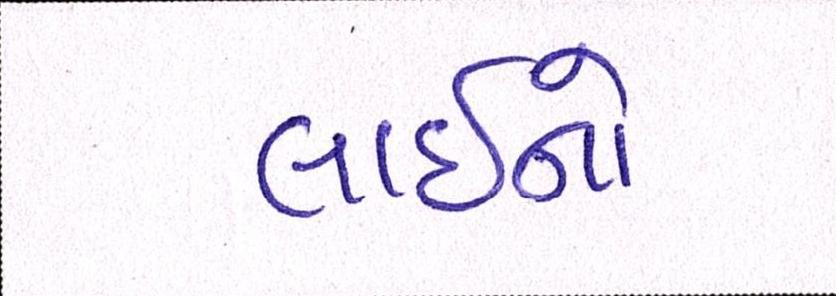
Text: લાઇનો